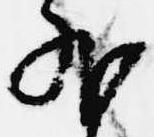
外